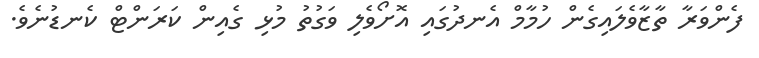
ފެންވަރާ ތާޒާވެލައިގެން ހުމާމް އެނދުގައި އޮށޯވެލި ވަގުތު މުޅި ގެއިން ކަރަންޓް ކެނޑުނެވެ.